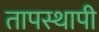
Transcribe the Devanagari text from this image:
तापस्थापी